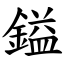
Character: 鎰